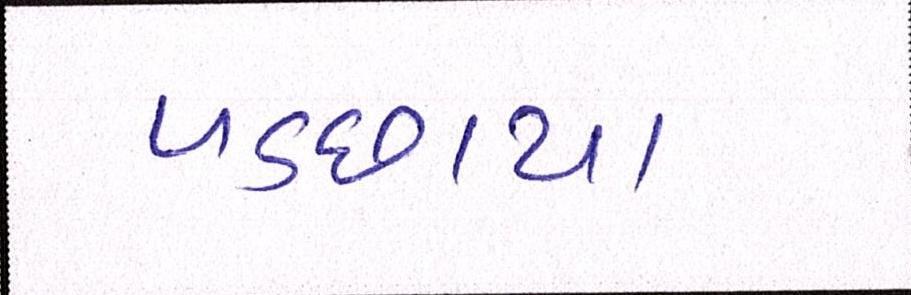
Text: પડછાયા